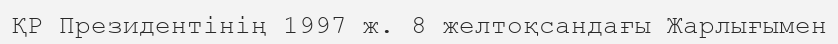
ҚР Президентінің 1997 ж. 8 желтоқсандағы Жарлығымен